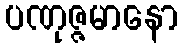
ပဏုဇ္ဇမာနော